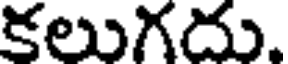
కలుగదు.